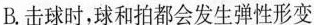
B.击球时，球和拍都会发生弹性形变